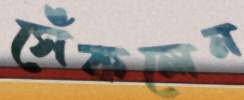
সেঁকলেন